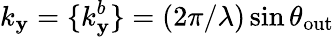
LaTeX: k_{\mathbf{y}}=\{ k_{\mathbf{y}}^{b}\} =(2\pi/\lambda)\sin{\theta_{\mathrm{{out}}}}